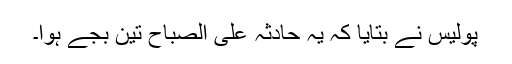
پولیس نے بتایا کہ یہ حادثہ علی الصباح تین بجے ہوا۔